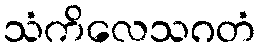
သံကိလေသဂတံ